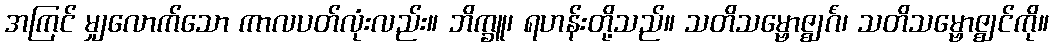
အကြင် မျှလောက်သော ကာလပတ်လုံးလည်း။ ဘိက္ခူ၊ ရဟန်းတို့သည်။ သတိသမ္ဗောဇ္ဈင်္ဂံ၊ သတိသမ္ဗောဇ္ဈင်ကို။